system: You are a helpful assistant.
user:
Analyze the provided spectrum to determine if it is a **S-type Star**.

- **Key Indicators for S-type Star:**

    - **(Overall Spectrum Shape):** The first and most obvious characteristic is the overall continuum (the "baseline" shape). It is **extremely "red-sloping,"** meaning the flux (light intensity) is very low on the left side (blue, ~4000-4500 Å) and rises steeply and continuously toward the right side (red, ~7000 Å+).

    - **(Primary):** The spectrum is defined by the presence of strong, broad molecular absorption "valleys" (bands) from **Zirconium Oxide (ZrO)**. The identification of these bands is the **primary requirement** for classifying a star as S-type.
        - **(Key Bandheads):** You must find distinct, deep "dips" where the light has been absorbed. The most critical band systems to locate are:
            - **~6474 Å** ($\gamma$-system): This is often the strongest and clearest ZrO feature, found in the red part of the spectrum.
            - **~5718 Å** & **~5551 Å** ($\beta$-system): A pair of prominent absorption features in the yellow-orange part of the spectrum.
            - **~4640 Å** ($\alpha$-system): A key absorption band system in the blue-green region of the spectrum.

    - **(Secondary Confirmation):** The classification is strengthened by finding additional absorption bands from other related heavy element oxides, which are expected to be present alongside ZrO.
        - **(Key Bandheads):**
            - **Yttrium Oxide (YO):** Look for absorption dips near **~4800 Å** and **~6100 Å**.
            - **Lanthanum Oxide (LaO):** Additional absorption features, particularly in the red-orange part of the spectrum, are also characteristic.

    - **(Line Profile):** The combination of the steep red continuum and these numerous, deep molecular bands (ZrO, YO, etc.) gives the entire spectrum a very **"chopped-up"** or **"bumpy"** appearance. Instead of a smooth curve, the spectrum looks as though large, wide chunks of light have been "carved out" of it at the specific wavelengths listed above.

Think first, call **spectral_visualization_tool** if needed to examine features in detail, then provide your final answer. Your response must adhere to the following strict rules:
1.  **Overall Structure:** Your response must follow the format `<think>...</think> <tool_call>...</tool_call> (if a tool is used) <answer>...</answer>`.
2.  **Tool Usage Constraint:** You may only make **one** tool call per turn.
3.  **Final Answer Format:** In the `<answer>` tag, your conclusion must be inside a `\boxed{}` command (e.g., `\boxed{YES}` or `\boxed{NO}`), followed by your justification.

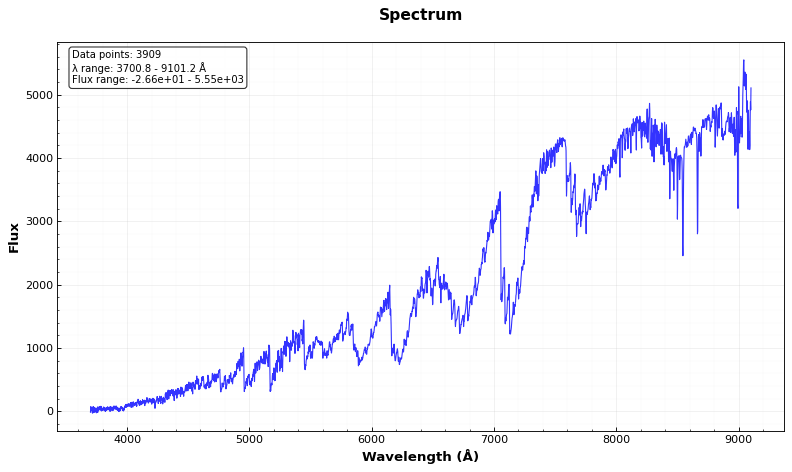
Answer: YES